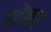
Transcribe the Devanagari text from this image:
खेळच